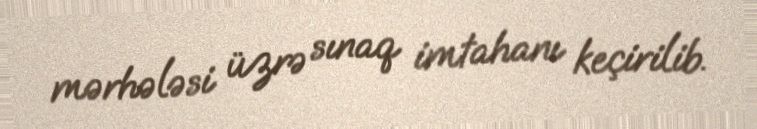
mərhələsi üzrə sınaq imtahanı keçirilib.